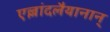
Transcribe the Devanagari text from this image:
एल्लांदलैयानान्